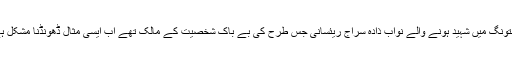
مستونگ میں شہید ہونے والے نواب ذادہ سراج ریئسانی جس طرح کی بے باک شخصیت کے مالک تھے اب ایسی مثال ڈھونڈنا مشکل ہے۔